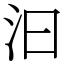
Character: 汩